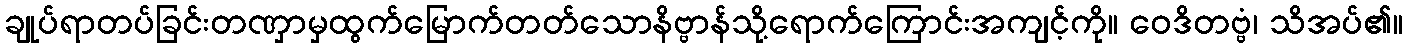
ချုပ်ရာတပ်ခြင်းတဏှာမှထွက်မြောက်တတ်သောနိဗ္ဗာန်သို့ရောက်ကြောင်းအကျင့်ကို။ ဝေဒိတဗ္ဗံ၊ သိအပ်၏။